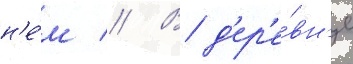
н'е́м // В д'ер'е́вн'е